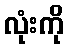
လုံးကို